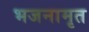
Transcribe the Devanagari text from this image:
भजनामृत